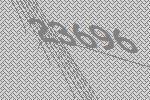
23696